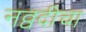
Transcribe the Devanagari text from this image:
नव्वदीचा